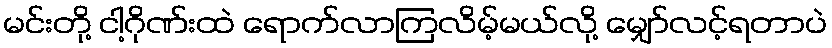
မင်းတို့ ငါ့ဂိုဏ်းထဲ ရောက်လာကြလိမ့်မယ်လို့ မျှော်လင့်ရတာပဲ